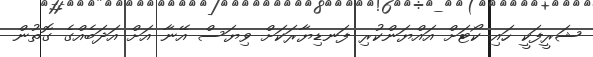
ޝަރީފަކީ ހައި ކޯޓަށް އައްޔަންކުރި ފަނޑިޔާރަކަށް ވިޔަސް އޭނާ އަށް އަދަބެއްގެ ގޮތުން